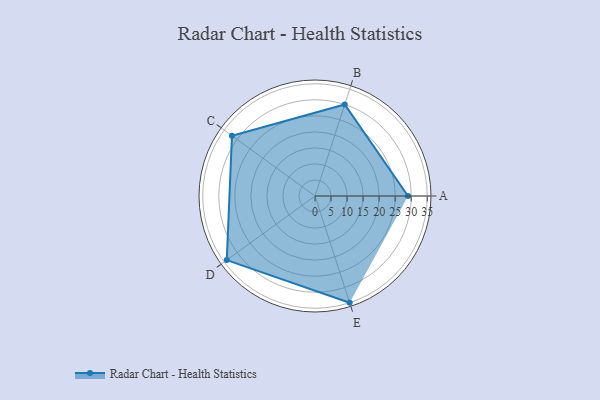
{"axis": {"x": "Skill", "y": "Score"}, "legend": ["Profile"], "data": [{"x": "A", "y": 29.0, "type": "Profile"}, {"x": "B", "y": 30.0, "type": "Profile"}, {"x": "C", "y": 32.0, "type": "Profile"}, {"x": "D", "y": 34.0, "type": "Profile"}, {"x": "E", "y": 35.0, "type": "Profile"}]}